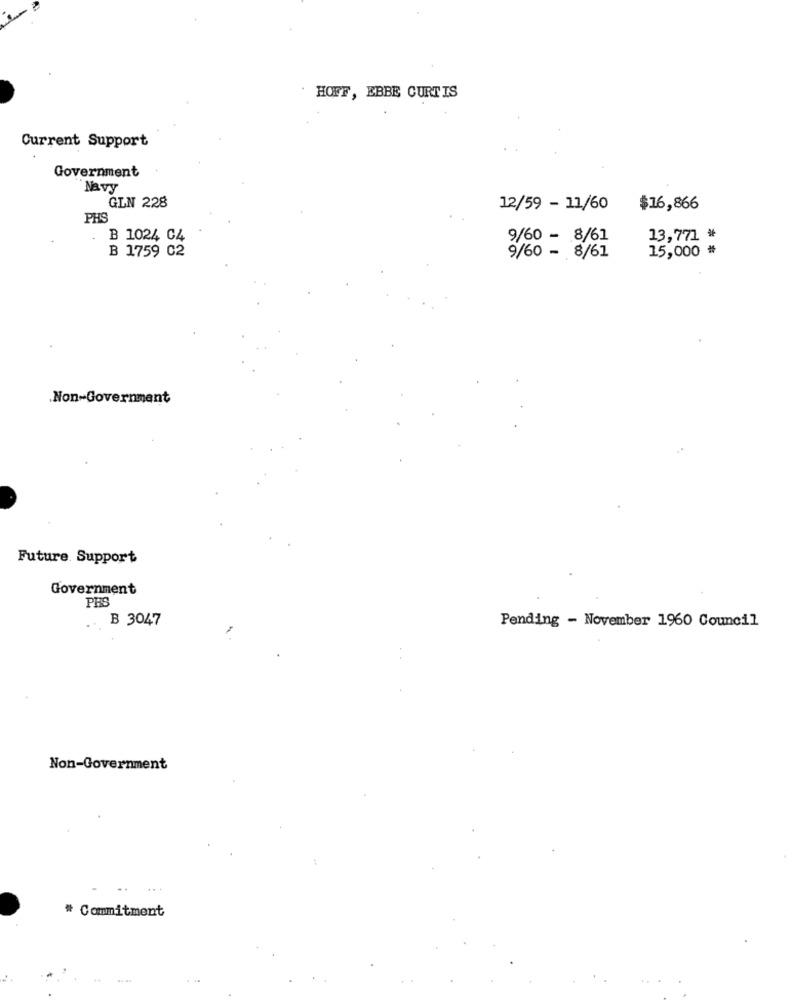
HOFF, EBBE CURTIS
Current Support
Government
Navy
GLN 228
12/59 - 11/60
$16,866
PHS
B 1024 C4
9/60 - 8/61
13,771 *
B 1759 C2
15,000 *
9/60 - 8/61
.Non-Government
Future. Support
Government
PES
B 3047
Pending - November 1960 Council
Non-Government
..
# Commitment